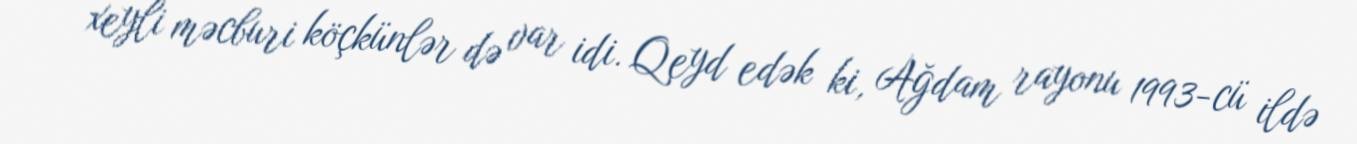
xeyli məcburi köçkünlər də var idi. Qeyd edək ki, Ağdam rayonu 1993-cü ildə